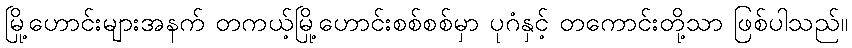
မြို့ဟောင်းများအနက် တကယ့်မြို့ဟောင်းစစ်စစ်မှာ ပုဂံနှင့် တကောင်းတို့သာ ဖြစ်ပါသည်။